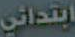
ابتدائي